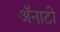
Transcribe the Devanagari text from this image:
ॲनाटो